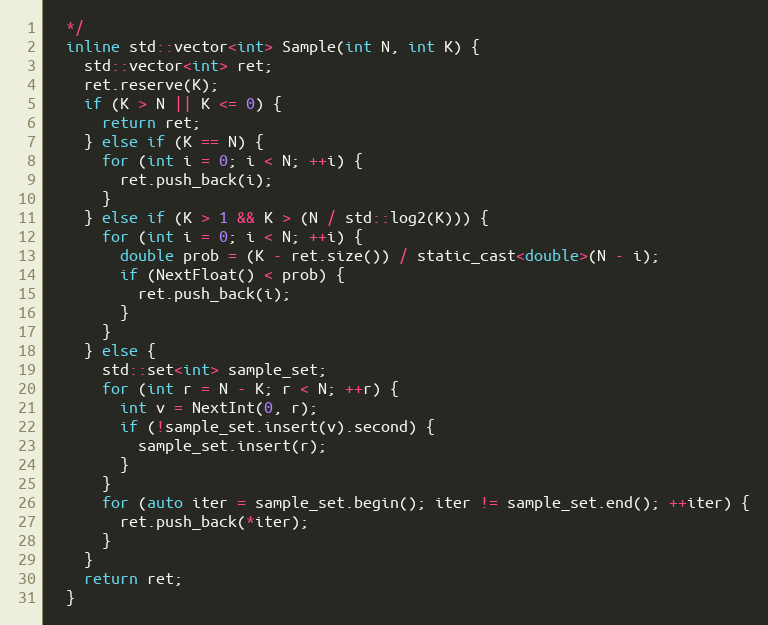
Language: C
  */
  inline std::vector<int> Sample(int N, int K) {
    std::vector<int> ret;
    ret.reserve(K);
    if (K > N || K <= 0) {
      return ret;
    } else if (K == N) {
      for (int i = 0; i < N; ++i) {
        ret.push_back(i);
      }
    } else if (K > 1 && K > (N / std::log2(K))) {
      for (int i = 0; i < N; ++i) {
        double prob = (K - ret.size()) / static_cast<double>(N - i);
        if (NextFloat() < prob) {
          ret.push_back(i);
        }
      }
    } else {
      std::set<int> sample_set;
      for (int r = N - K; r < N; ++r) {
        int v = NextInt(0, r);
        if (!sample_set.insert(v).second) {
          sample_set.insert(r);
        }
      }
      for (auto iter = sample_set.begin(); iter != sample_set.end(); ++iter) {
        ret.push_back(*iter);
      }
    }
    return ret;
  }